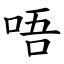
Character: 唔